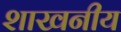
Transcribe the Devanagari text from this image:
शाखनीय